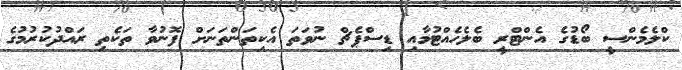
ކްލެމެންސީ ބޯޑުގެ އެންޓްރީ ބެލެހެއްޓުމާއި ޑިސްޕެޗް ނުވަތަ އެކިތަންތަނަށް ފޮނުވާ ތަކެތި ރައްދުކުރުމުގެ